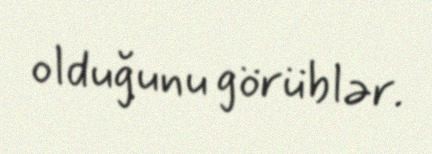
olduğunu görüblər.